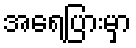
အရေပြားမှာ